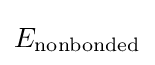
E_{\mathrm {nonbonded} }